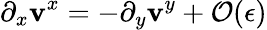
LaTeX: \partial_{x}{\mathbf{v}^{x}}=-\partial_{y}{\mathbf{v}^{y}}+{\mathcal{O}}({\epsilon})